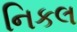
નિકલ